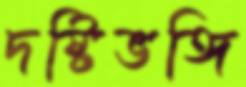
দষ্টিভঙ্গি